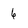
Character: 6